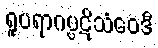
ရူပရာဂပ္ပဋိသံဝေဒီ